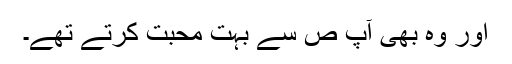
اور وہ بھی آپ ص سے بہت محبت کرتے تھے۔